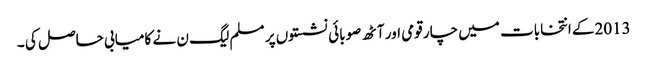
2013کے انتخابات میں چار قومی اور آٹھ صوبائی نشستوں پر مسلم لیگ ن نے کامیابی حاصل کی ۔